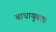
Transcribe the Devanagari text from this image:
बाधायुक्त।